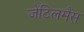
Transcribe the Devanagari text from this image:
जेंटिलमैंस